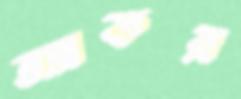
অ্যাকর